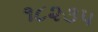
૧૮૨૩૫